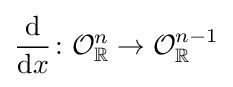
{\frac {\mathrm {d} }{\mathrm {d} x}}\colon {\mathcal {O}}_{\mathbb {R} }^{n}\to {\mathcal {O}}_{\mathbb {R} }^{n-1}